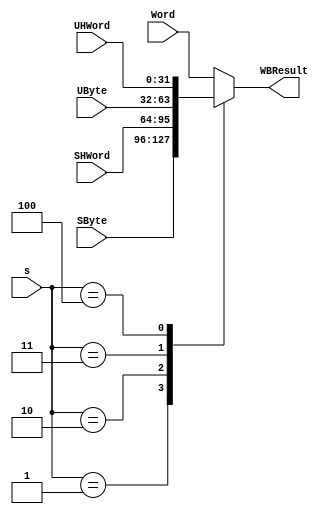
//////////////////////////////////////////////////////////////////
//                                                              //
//  Write back result select mux                                //
//                                                              //
//  This file is part of the Edge project                       //
//  http://www.opencores.org/project,edge                       //
//                                                              //
//  Description                                                 //
//  Multiplixer to choose from different result size            //               
//                                                              //
//  Author(s):                                                  //
//      - Hesham AL-Matary, heshamelmatary@gmail.com            //
//                                                              //
//////////////////////////////////////////////////////////////////
//                                                              //
// Copyright (C) 2014 Authors and OPENCORES.ORG                 //
//                                                              //
// This source file may be used and distributed without         //
// restriction provided that this copyright statement is not    //
// removed from the file and that any derivative work contains  //
// the original copyright notice and the associated disclaimer. //
//                                                              //
// This source file is free software; you can redistribute it   //
// and/or modify it under the terms of the GNU Lesser General   //
// Public License as published by the Free Software Foundation; //
// either version 2.1 of the License, or (at your option) any   //
// later version.                                               //
//                                                              //
// This source is distributed in the hope that it will be       //
// useful, but WITHOUT ANY WARRANTY; without even the implied   //
// warranty of MERCHANTABILITY or FITNESS FOR A PARTICULAR      //
// PURPOSE.  See the GNU Lesser General Public License for more //
// details.                                                     //
//                                                              //
// You should have received a copy of the GNU Lesser General    //
// Public License along with this source; if not, download it   //
// from http://www.opencores.org/lgpl.shtml                     //
//                                                              //
//////////////////////////////////////////////////////////////////

`define loadWord 		3'b000 /* LW (normal load word) */
`define loadSByte		3'b001 /* LB (load signed byte) */
`define loadSHWord	3'b010 /* LH (load signed half word) */
`define loadUByte		3'b011 /* LBU (load unsigned byte) */
`define loadUHWord 	3'b100 /* LHU (load unsgined half word) */

module mux_WBResult
#
(
  parameter N=32
)
(
  input[N-1:0] Word,
  input[N-1:0] SByte,
  input[N-1:0] SHWord,
  input[N-1:0] UByte,
  input[N-1:0] UHWord,
  input[2:0] s,
  output reg[N-1:0] WBResult
);

always @(*)
  case (s)
    `loadWord: WBResult = Word;
    `loadSByte: WBResult = SByte;
    `loadSHWord: WBResult = SHWord;
    `loadUByte: WBResult = UByte;
    `loadUHWord: WBResult = UHWord;
    default: WBResult = Word;
  endcase
endmodule